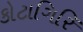
કોટાગિરિ